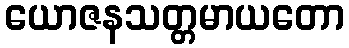
ယောဇနသတ္တမာယတော